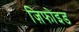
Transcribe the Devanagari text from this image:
ज़िफोइड